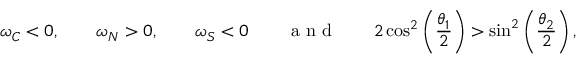
\omega _ { C } < 0 , \qquad \omega _ { N } > 0 , \qquad \omega _ { S } < 0 \qquad \textnormal { a n d } \qquad 2 \cos ^ { 2 } \left( \frac { \theta _ { 1 } } { 2 } \right) > \sin ^ { 2 } \left( \frac { \theta _ { 2 } } { 2 } \right) ,